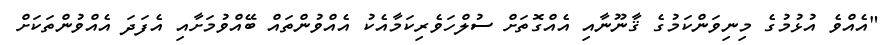
"އެއްވެ އުޅުމުގެ މިނިވަންކަމުގެ ޤާނޫނާއި އެއްގޮތަށް ސުލްހަވެރިކަމާއެކު އެއްވުންތައް ބޭއްވުމަށާއި އެފަދަ އެއްވުންތަަކަށް